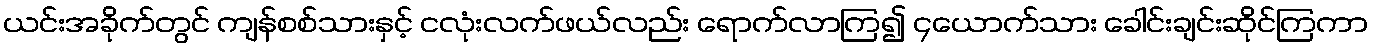
ယင်းအခိုက်တွင် ကျန်စစ်သားနှင့် ငလုံးလက်ဖယ်လည်း ရောက်လာကြ၍ ၄ယောက်သား ခေါင်းချင်းဆိုင်ကြကာ